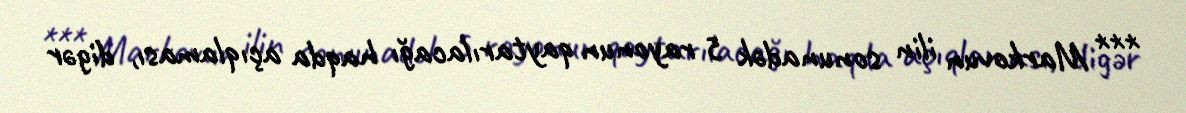
*** Markovun ilin sonunadək 5 rayonun qaytarılacağı haqda açıqlaması, digər